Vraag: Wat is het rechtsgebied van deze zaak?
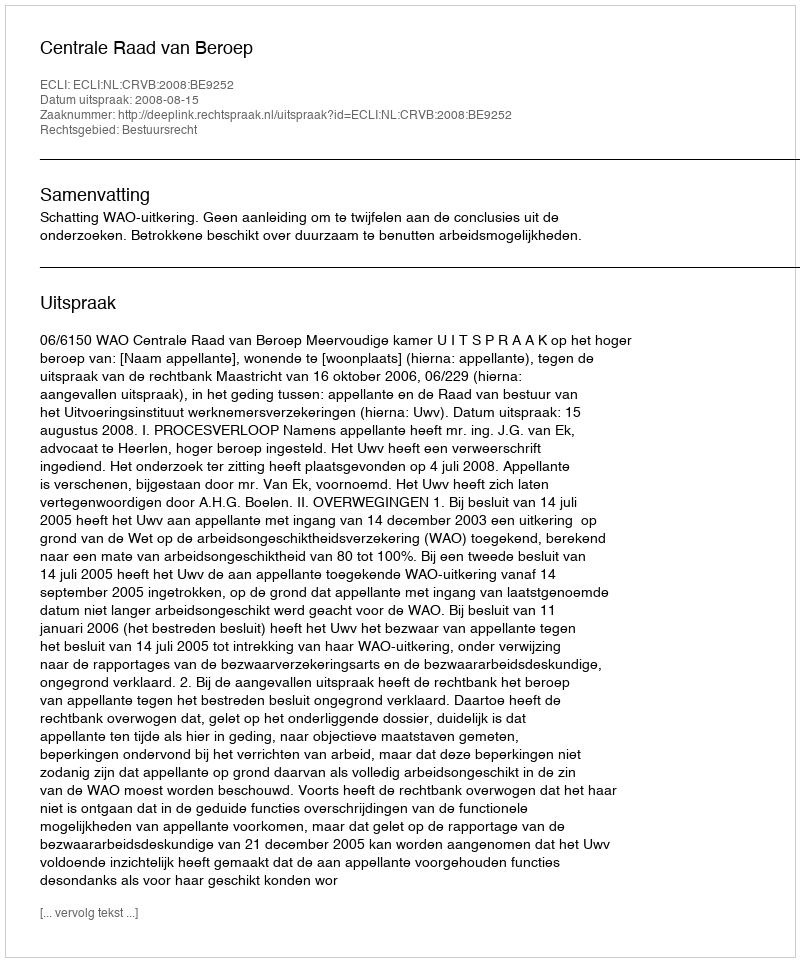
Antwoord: Bestuursrecht